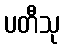
ပတီသု